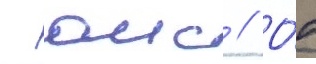
- аис // О́т